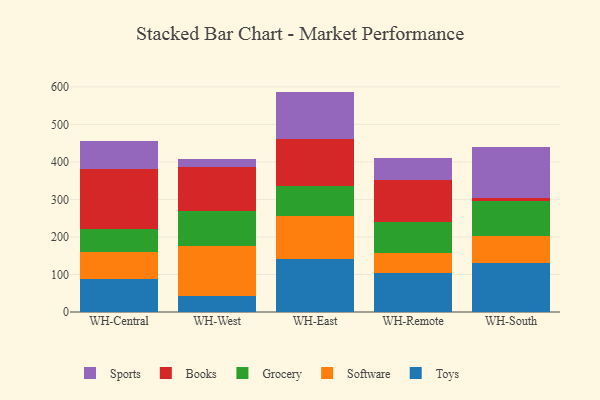
{"axis": {"x": "Warehouse", "y": "Operating Costs (USD K)"}, "legend": ["Books", "Grocery", "Software", "Sports", "Toys"], "data": [{"x": "WH-Central", "y": 88.3, "type": "Toys"}, {"x": "WH-Central", "y": 71.3, "type": "Software"}, {"x": "WH-Central", "y": 62.9, "type": "Grocery"}, {"x": "WH-Central", "y": 157.3, "type": "Books"}, {"x": "WH-Central", "y": 75.7, "type": "Sports"}, {"x": "WH-West", "y": 41.5, "type": "Toys"}, {"x": "WH-West", "y": 133.5, "type": "Software"}, {"x": "WH-West", "y": 93.7, "type": "Grocery"}, {"x": "WH-West", "y": 117.6, "type": "Books"}, {"x": "WH-West", "y": 21.9, "type": "Sports"}, {"x": "WH-East", "y": 141.1, "type": "Toys"}, {"x": "WH-East", "y": 113.5, "type": "Software"}, {"x": "WH-East", "y": 82.2, "type": "Grocery"}, {"x": "WH-East", "y": 123.4, "type": "Books"}, {"x": "WH-East", "y": 127.1, "type": "Sports"}, {"x": "WH-Remote", "y": 103.2, "type": "Toys"}, {"x": "WH-Remote", "y": 54.0, "type": "Software"}, {"x": "WH-Remote", "y": 83.4, "type": "Grocery"}, {"x": "WH-Remote", "y": 111.7, "type": "Books"}, {"x": "WH-Remote", "y": 57.3, "type": "Sports"}, {"x": "WH-South", "y": 131.0, "type": "Toys"}, {"x": "WH-South", "y": 70.7, "type": "Software"}, {"x": "WH-South", "y": 93.2, "type": "Grocery"}, {"x": "WH-South", "y": 7.6, "type": "Books"}, {"x": "WH-South", "y": 135.9, "type": "Sports"}]}